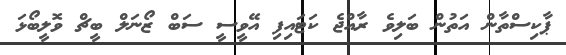
ޕާކިސްތާން އަތުން ބަލިވެ ރާއްޖެ ކަޓައިފި އޭވީސީ ސަބް ޒޯނަލް ބީޗް ވޮލީބޯޅަ